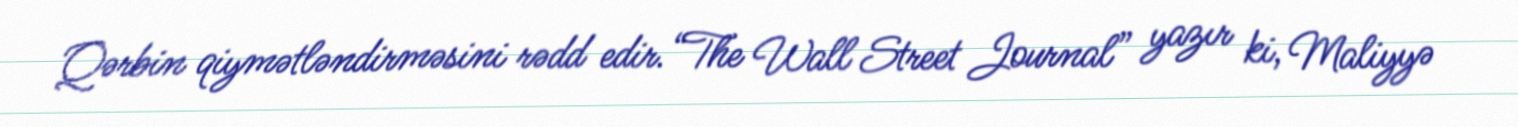
Qərbin qiymətləndirməsini rədd edir.“The Wall Street Journal” yazır ki, Maliyyə